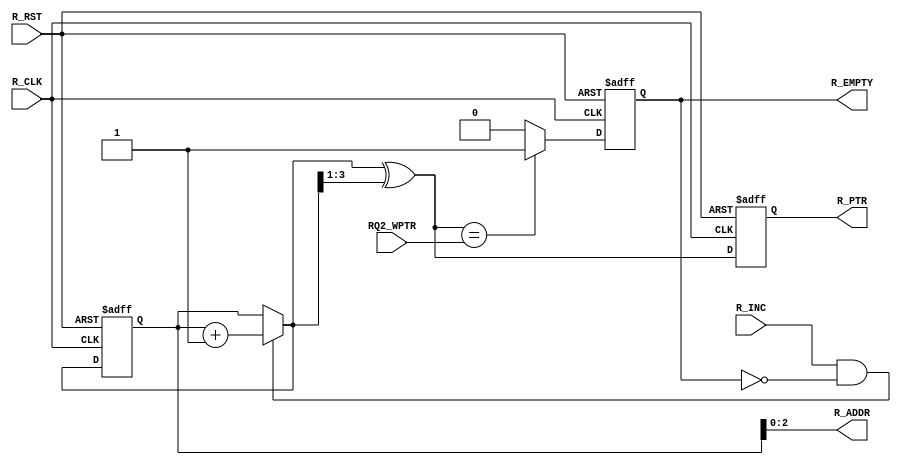
module FIFO_EMPTY #(parameter ADDRESS = 3) (
input	wire			R_INC,
input	wire			R_CLK,
input	wire			R_RST,
input	wire	[ADDRESS:0]	RQ2_WPTR,
output	wire	[ADDRESS-1:0]	R_ADDR,
output	reg	[ADDRESS:0]	R_PTR,
output	reg			R_EMPTY

);

wire		[ADDRESS:0]			gray_rd_ptr;
reg		[ADDRESS:0]			binary_ptr;
wire		[ADDRESS:0]			binary_ptr_next;
		

assign r_empty = (gray_rd_ptr == RQ2_WPTR)? 1'b1 : 1'b0 ;

assign binary_ptr_next = (R_INC && !R_EMPTY)  ? binary_ptr + 1'b1 : binary_ptr ;



always@(posedge R_CLK  or negedge R_RST)
begin
if(!R_RST)
begin

R_PTR <= 'b0 ;
binary_ptr <= 'b0 ;

end

else
begin

binary_ptr <= binary_ptr_next ;
R_PTR <= gray_rd_ptr;


end


end

always@(posedge R_CLK  or negedge R_RST)
begin
if(!R_RST)
begin


R_EMPTY <= 'b1 ;


end

else
begin

R_EMPTY <= r_empty ;

end


end

assign gray_rd_ptr =  binary_ptr_next ^ (binary_ptr_next >> 1);
assign R_ADDR = binary_ptr[ADDRESS-1:0] ;

endmodule